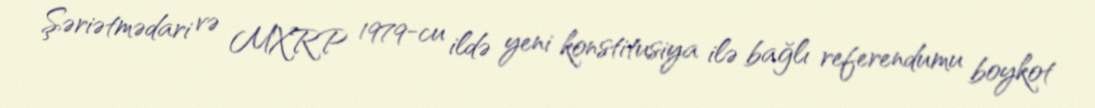
Şəriətmədari və MXRP 1979-cu ildə yeni konstitusiya ilə bağlı referendumu boykot